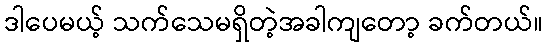
ဒါပေမယ့် သက်သေမရှိတဲ့အခါကျတော့ ခက်တယ်။